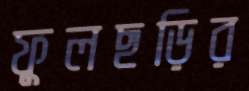
ফুলছড়ির